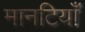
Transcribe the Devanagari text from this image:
मानटियाँ